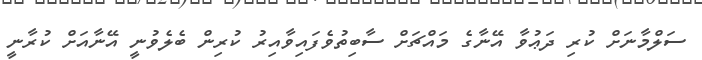
ސަލްމާނަށް ކުރި ދަޢުވާ އޭނާގެ މައްޗަށް ސާބިތުވެފައިވާއިރު ކުރިން ބެލެވުނީ އޭނާއަށް ކުރާނީ